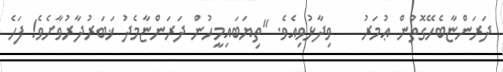
ދަރަންޏާބެހޭގޮތުން ޢުމަރު    ވިދާޅުވިއެވެ. "ތިޔަބައިމީހުން ދަރަންޏާމެދު ޚަބަރުދާރުވާށެވެ! ފަހެ